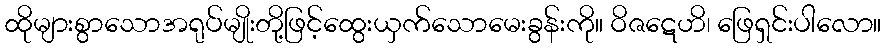
ထိုများစွာသောအရုပ်မျိုးတို့ဖြင့်ထွေးယှက်သောမေးခွန်းကို။ ဝိဇဋေဟိ၊ ဖြေရှင်းပါလော။